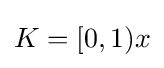
{\textstyle K=[0,1)x}